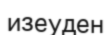
изеуден